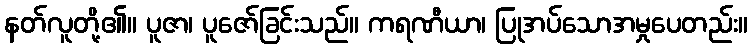
နတ်လူတို့၏။ ပူဇာ၊ ပူဇော်ခြင်းသည်။ ကရဏီယာ၊ ပြုအပ်သောအမှုပေတည်း။